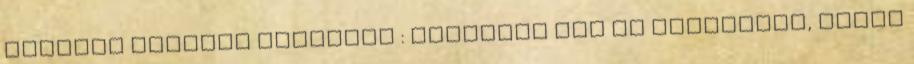
ennyire ráérjél ilyenkor : Igazából nem is Photoshop, hanem